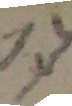
13